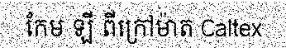
កែម ឡី ពីក្រៅម៉ាត Caltex